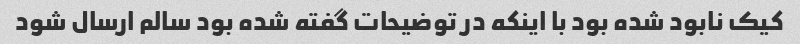
کیک نابود شده بود با اینکه در توضیحات گفته شده بود سالم ارسال شود